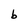
Character: b